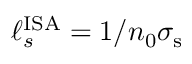
\ell _ { s } ^ { \mathrm { I S A } } = 1 / n _ { 0 } \sigma _ { \mathrm { s } }